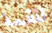
للقمة